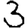
Digit: 3